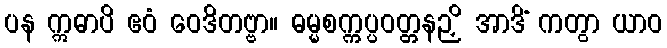
ပန ဣဓာပိ ဧဝံ ဝေဒိတဗ္ဗာ။ ဓမ္မစက္ကပ္ပဝတ္တနဉှိ အာဒိံ ကတွာ ယာဝ